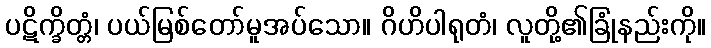
ပဋိက္ခိတ္တံ၊ ပယ်မြစ်တော်မူအပ်သော။ ဂိဟိပါရုတံ၊ လူတို့၏ခြုံနည်းကို။